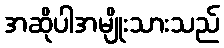
အဆိုပါအမျိုးသားသည်